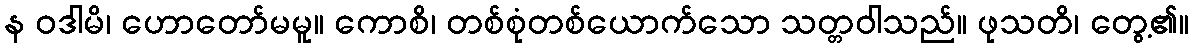
န ဝဒါမိ၊ ဟောတော်မမူ။ ကောစိ၊ တစ်စုံတစ်ယောက်သော သတ္တဝါသည်။ ဖုသတိ၊ တွေ့၏။